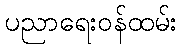
ပညာရေးဝန်ထမ်း